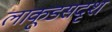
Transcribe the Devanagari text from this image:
लाकूडसदृश